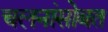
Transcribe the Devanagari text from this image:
चलनांसोबत